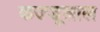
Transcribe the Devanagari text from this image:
कज्‍जूलाल